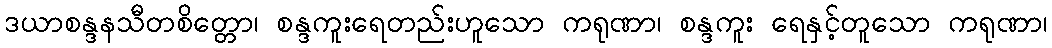
ဒယာစန္ဒနသီတစိတ္တော၊ စန္ဒကူးရေတည်းဟူသော ကရုဏာ၊ စန္ဒကူး ရေနှင့်တူသော ကရုဏာ၊